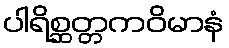
ပါရိစ္ဆတ္တကဝိမာနံ